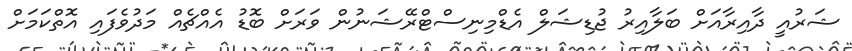
ޝަރުއީ ދާއިރާއަށް ބަލާއިރު ޖުޑިޝަލް އެޑްމިނިސްޓްރޭޝަނުން ވަރަށް ބޮޑު އެއްޗެއް މަދުވެފައި އޮތްކަމަށް